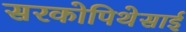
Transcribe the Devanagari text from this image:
सरकोपिथेसाई